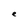
Character: e